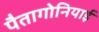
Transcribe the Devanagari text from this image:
पैतागोनियाई